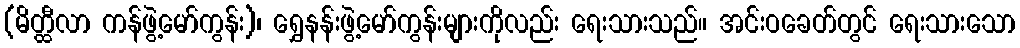
(မိတ္ထီလာ ကန်ဖွဲ့မော်ကွန်း)၊ ရွှေနန်းဖွဲ့မော်ကွန်းများကိုလည်း ရေးသားသည်။ အင်းဝခေတ်တွင် ရေးသားသော